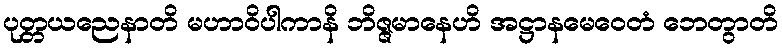
ပုတ္တယညေနာတိ မဟာဝိပါကာနိ ဘိဇ္ဇမာနေဟိ အဋ္ဌာနမေဝေတံ ဘေတွာတိ